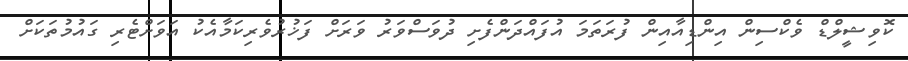
ކޮވިޝީލްޑް ވެކްސިން އިންޑިއާއިން ފުރަތަމަ އުފައްދަންފެށި ދުވަސްވަރު ވަރަށް ފަޚުރުވެރިކަމާއެކު އަވަށްޓެރި ގައުމުތަކަށް